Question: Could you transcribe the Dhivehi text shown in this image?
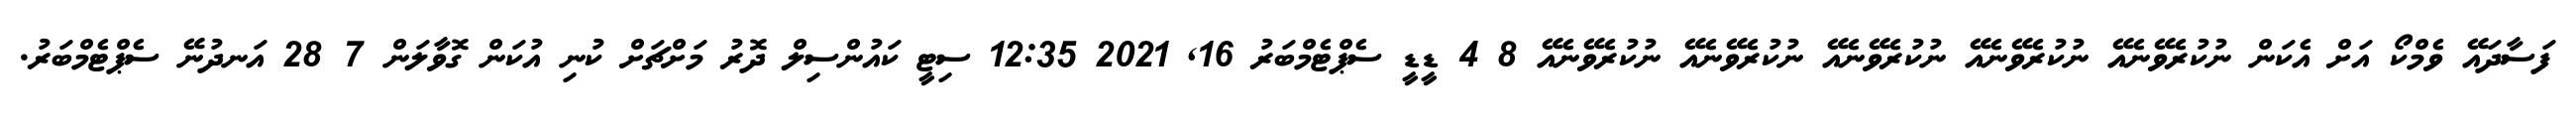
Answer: ފަސާދައޭ ވެމްކޯ އަށް އެކަން ނުކުރެވޭނެއޭ ނުކުރެވޭނެއޭ ނުކުރެވޭނެއޭ ނުކުރެވޭނެއޭ ނުކުރެވޭނެއޭ 8 4 ޑީޑީ ސެޕްޓެމްބަރު 16, 2021 12:35 ސިޓީ ކައުންސިލް ދޮރު މަށްޗަށް ކުނި އުކަން ގޮވާލަން 7 28 އަނދުނޭ ސެޕްޓެމްބަރު.